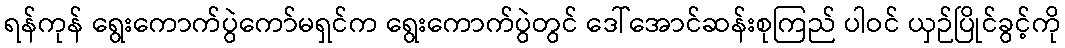
ရန်ကုန် ရွေးကောက်ပွဲကော်မရှင်က ရွေးကောက်ပွဲတွင် ဒေါ်အောင်ဆန်းစုကြည် ပါဝင် ယှဉ်ပြိုင်ခွင့်ကို